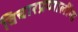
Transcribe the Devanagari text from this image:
विचारप्रणालींना